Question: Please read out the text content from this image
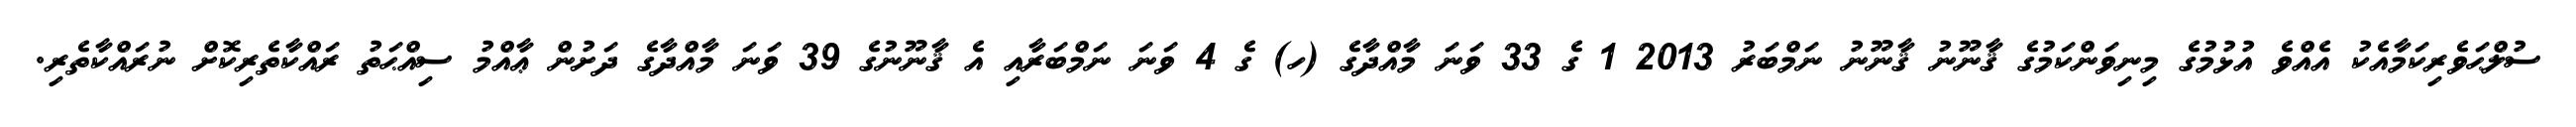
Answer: ސުލްޙަވެރިކަމާއެކު އެއްވެ އުޅުމުގެ މިނިވަންކަމުގެ ޤާނޫނު ޤާނޫނު ނަމްބަރު 2013 1 ގެ 33 ވަނަ މާއްދާގެ (ހ) ގެ 4 ވަނަ ނަމްބަރާއި އެ ޤާނޫނުގެ 39 ވަނަ މާއްދާގެ ދަށުން ޢާއްމު ސިއްޙަތު ރައްކާތެރިކޮށް ނުރައްކާތެރި.